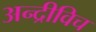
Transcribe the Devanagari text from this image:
अन्द्रीविच